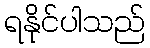
ရနိုင်ပါသည်